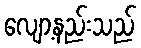
လျော့နည်းသည်